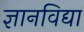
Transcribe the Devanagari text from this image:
ज्ञानविद्या